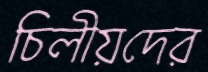
চিলীয়দের